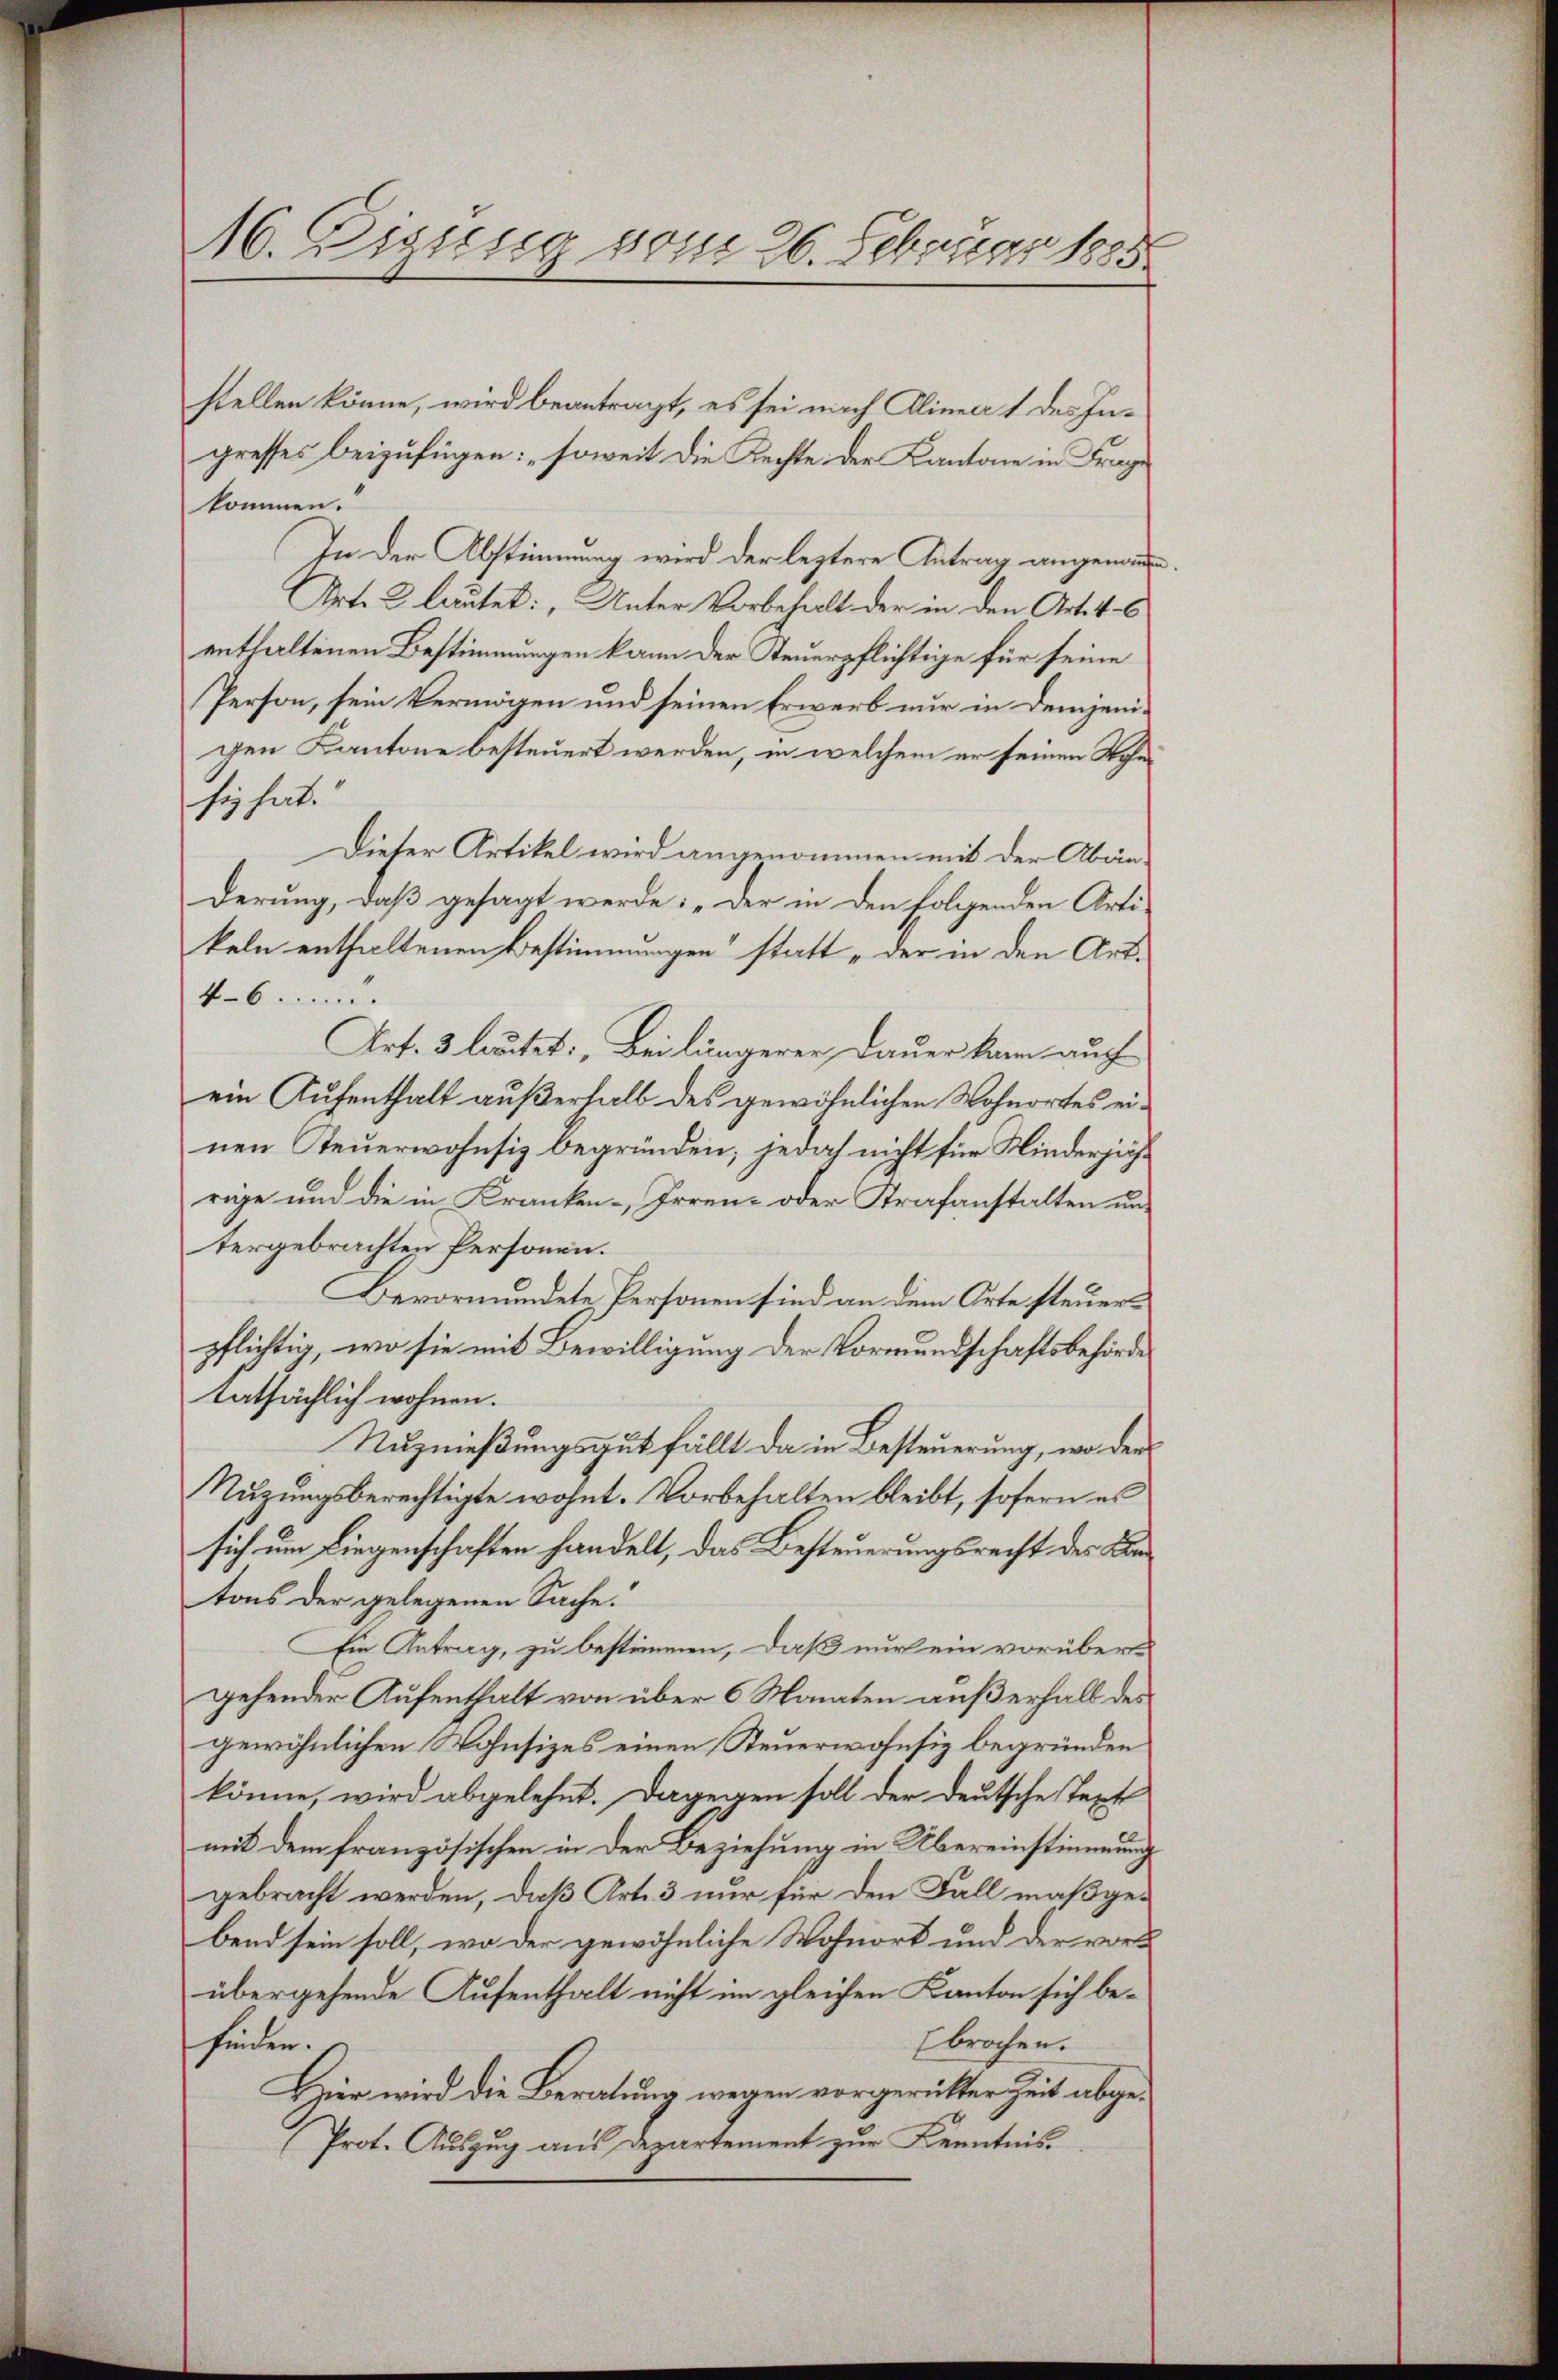
16. Digung vom 26. Februar 1885

stellen könne, wird beantragt, es sei nach Alinea 1 des In-
gresses beizufügen: „soweit die Rechte der Kantone in Frag
kommen.
In der Abstimmung wird der leztere Antrag angema
Art. 2 lautet: „Unter Vorbehalt der in den Art. 4. 6
enthaltenen Bestimmungen kann der Steuerpflichtige für seine
Person, sein Vermögen und seinen Erwerb nur in demjenigen Kantone besteuert werden, in welchem er seinen Wohnsi hat.
Dieser Artikel wird angenommen mit der Abänderung, daß gesagt werde: „Der in den folgenden Artikeln enthaltenen Bestimmungen statt „der in den Art.
46.
Art. 3 lautet: Bei längerer Dauer kann auch
ein Aufenthalt außerhalb des gewöhnlichen Wohnortes einen Steuerwohnsiz begründen; jedoch nicht für Kinderjährage und die in Kranken-, Irren- oder Strafanstalten untergebrachten Personen.
Bevormundete Personen sind an dem Orte steuerpflichtig, wo sie mit Bewilligung der Vormundschaftsbehörde
tatsächlich wohnen.
Nuznießungsgut fällt da in Besteuerung, wo der
Nuzungsberechtigte wohnt. Vorbehalten bleibt, sofern es
sich um Liegenschaften handelt, das Besteuerungsrecht des Batons der gelegenen Sache.
Ein Antrag, zu bestimmen, daß nur ein vorübergehender Aufenthalt von über 6 Monaten außerhalb des
gewöhnlichen Wohnsizes einen Steuerwohnsiz begründen
könne, wird abgelehnt. Dagegen soll der deutsche Text
mit dem französischen in der Beziehung in Übereinstimmung
gebracht werden, daß Art. 3 nur für den Fall maßgebend sein soll, wo der gewöhnliche Wohnort und der vor
übergehende Aufenthalt nicht im gleichen Kanton sich bebrochen.
finden.
Hier wird die Beratung wegen vorgerütter Zeit abge¬
Prot. Auszug aus Departement zur Kenntnis¬